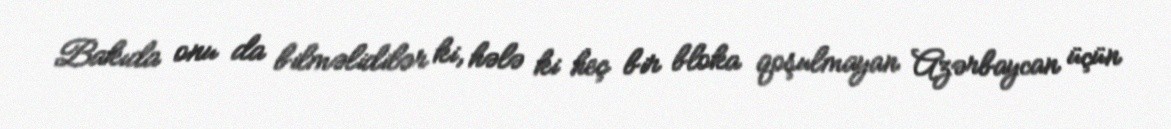
Bakıda onu da bilməlidilər ki, hələ ki heç bir bloka qoşulmayan Azərbaycan üçün